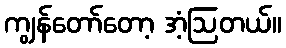
ကျွန်တော်တော့ အံ့ဩတယ်။